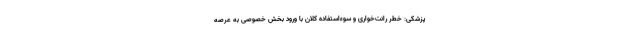
پزشکی: خطر رانت‌خواری و سوء‌استفاده کلان با ورود بخش خصوصی به عرصه